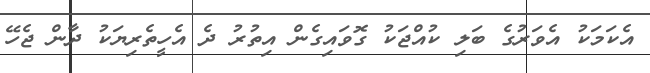
އެކަމަކު އެވަރުގެ ބަލި ކުއްޖަކު ގޮވައިގެން އިތުރު ދެ އެހީތެރިޔަކު ދާން ޖެހޭ